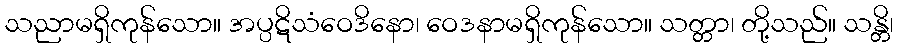
သညာမရှိကုန်သော။ အပ္ပဋိသံဝေဒိနော၊ ဝေဒနာမရှိကုန်သော။ သတ္တာ၊ တို့သည်။ သန္တိ၊